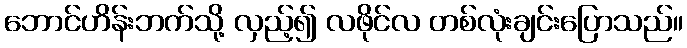
ဘောင်ဟိန်းဘက်သို့ လှည့်၍ လဖိုင်လ တစ်လုံးချင်းပြောသည်။